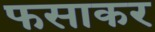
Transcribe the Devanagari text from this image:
फसाकर